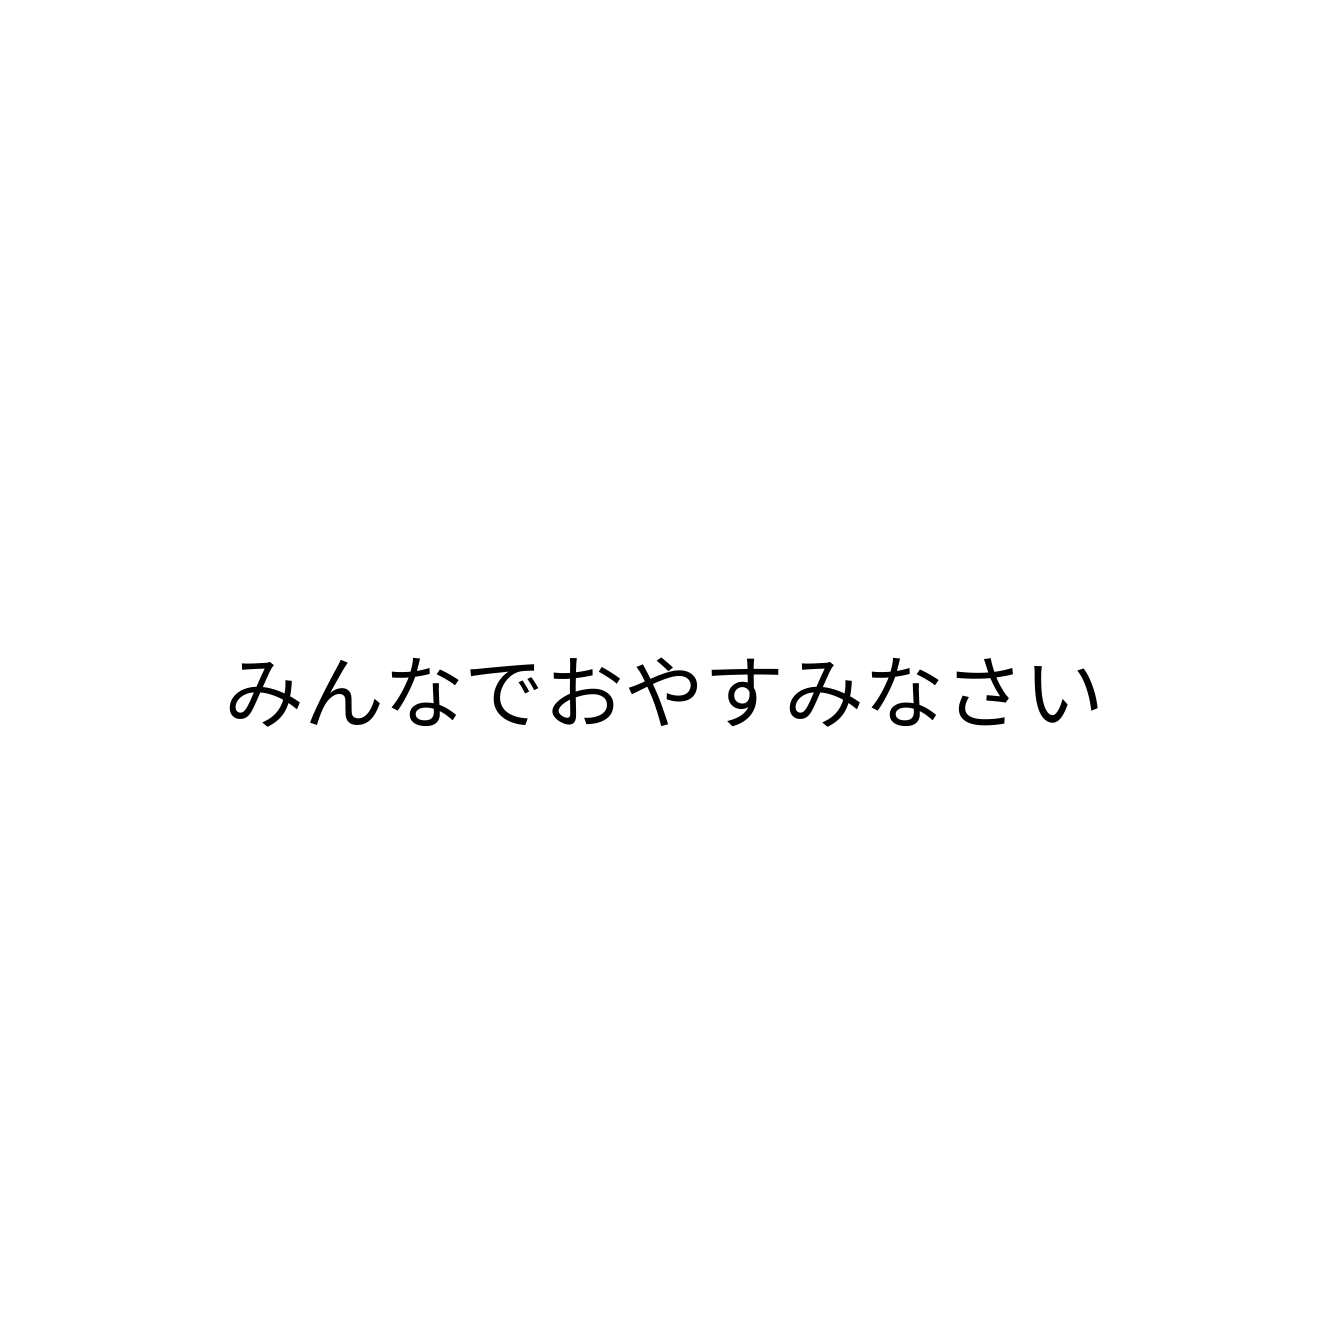
みんなでおやすみなさい